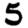
Digit: 5